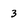
Character: 3